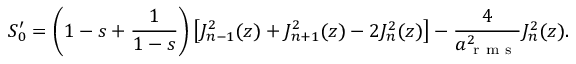
S _ { 0 } ^ { \prime } = \left( 1 - s + \frac { 1 } { 1 - s } \right) \left[ J _ { n - 1 } ^ { 2 } ( z ) + J _ { n + 1 } ^ { 2 } ( z ) - 2 J _ { n } ^ { 2 } ( z ) \right] - \frac { 4 } { a _ { \mathrm { ~ r ~ m ~ s ~ } } ^ { 2 } } J _ { n } ^ { 2 } ( z ) .